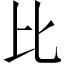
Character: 比